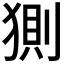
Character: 𰡟